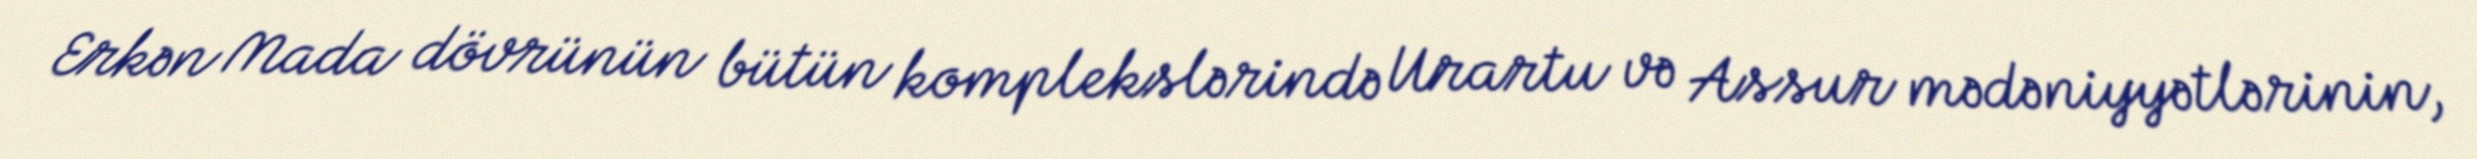
Erkən Mada dövrünün bütün komplekslərində Urartu və Assur mədəniyyətlərinin,